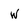
Character: W